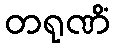
တရုဏိံ